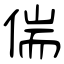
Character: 偳